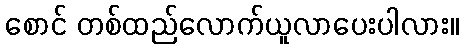
စောင် တစ်ထည်လောက်ယူလာပေးပါလား။